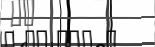
٢٧